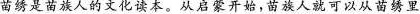
苗是黄人的文化读本。从启蒙开始，人就可以从苗绣里